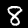
Label: 8